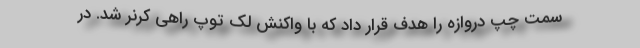
سمت چپ دروازه را هدف قرار داد که با واکنش لک توپ راهی کرنر شد. در